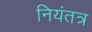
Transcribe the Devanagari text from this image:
नियंतत्र